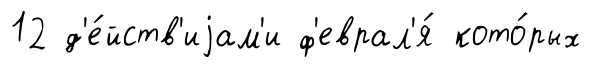
12 д'е́йств'иjам'и ф'еврал'я́ кото́рых